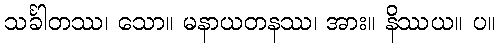
သင်္ခါတဿ၊ သော။ မနာယတနဿ၊ အား။ နိဿယ။ ပ။